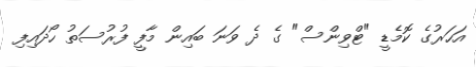
އަހަރުގެ ކޮމެޑީ "ޓްވިންސް" ގެ ދެ ވަނަ ބައިން މާފީ ފުރުސަތު ހޯދައިފި